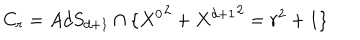
C _ { r } = { A d S } _ { d + 1 } \cap \{ { X ^ { 0 } } ^ { 2 } + { X ^ { d + 1 } } ^ { 2 } = r ^ { 2 } + 1 \}